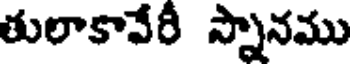
తులాకావేరీ స్నానము